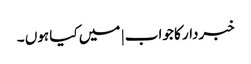
خبردار کا جواب | میں کیا ہوں ۔